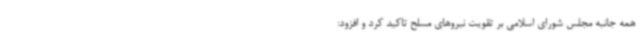
همه جانبه مجلس شورای اسلامی بر تقویت نیروهای مسلح تاکید کرد و افزود: